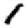
Digit: 1